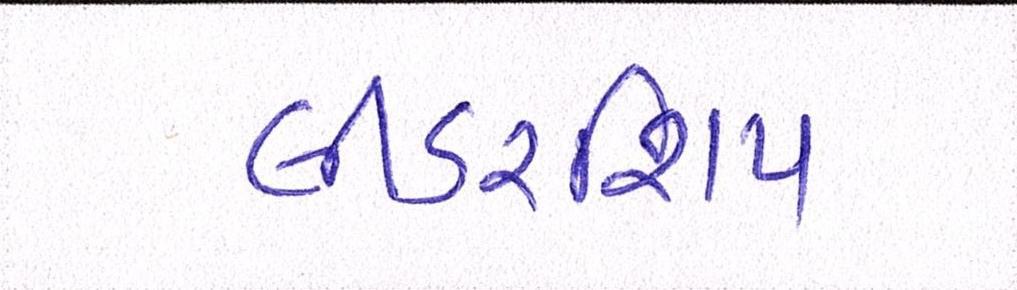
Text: લીડરશિપ